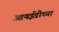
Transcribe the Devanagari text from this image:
आयईडीच्या